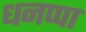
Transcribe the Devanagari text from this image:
धनप्पा